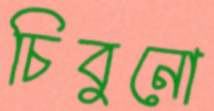
চিবুনো